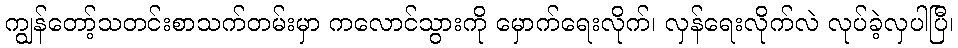
ကျွန်တော့်သတင်းစာသက်တမ်းမှာ ကလောင်သွားကို မှောက်ရေးလိုက်၊ လှန်ရေးလိုက်လဲ လုပ်ခဲ့လှပါပြီ၊